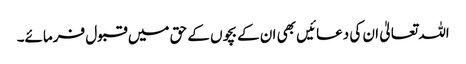
اللہ تعالیٰ ان کی دعائیں بھی ان کے بچوں کے حق میں قبول فرمائے۔